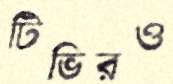
টিভিরও